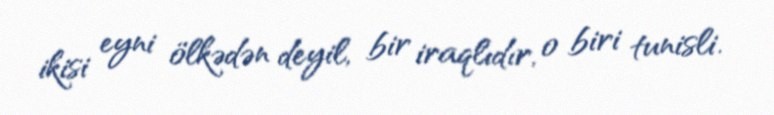
ikisi eyni ölkədən deyil, bir iraqlıdır, o biri tunisli.